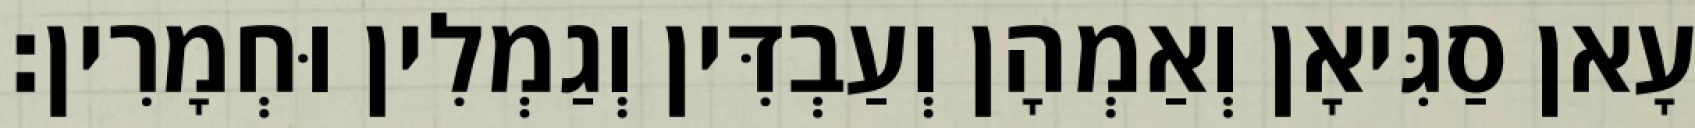
עָאן סַגִּיאָן וְאַמְהָן וְעַבְדִּין וְגַמְלִין וּחְמָרִין׃